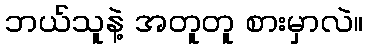
ဘယ်သူနဲ့ အတူတူ စားမှာလဲ။